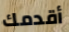
أقدمك